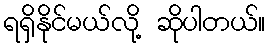
ရရှိနိုင်မယ်လို့ ဆိုပါတယ်။